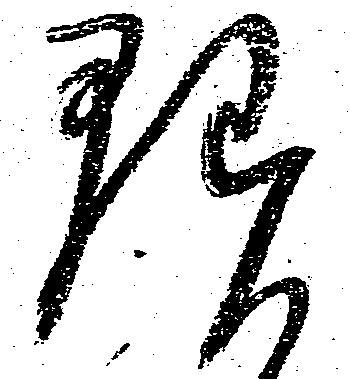
理